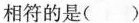
相符的是( )